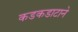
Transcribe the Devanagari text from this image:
कडकडाटाने